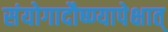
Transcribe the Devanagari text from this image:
संयोगादौष्ण्यापेक्षात्